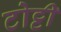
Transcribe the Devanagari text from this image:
टोट्टी